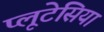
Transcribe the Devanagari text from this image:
प्लूटेसिया